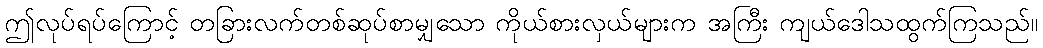
ဤလုပ်ရပ်ကြောင့် တခြားလက်တစ်ဆုပ်စာမျှသော ကိုယ်စားလှယ်များက အကြီး ကျယ်ဒေါသထွက်ကြသည်။